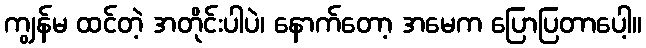
ကျွန်မ ထင်တဲ့ အတိုင်းပါပဲ၊ နောက်တော့ အမေက ပြောပြတာပေါ့။